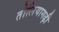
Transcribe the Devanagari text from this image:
तोलियागढ़ी